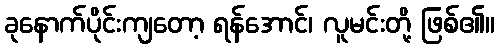
ခုနောက်ပိုင်းကျတော့ ရန်အောင်၊ လူမင်းတို့ ဖြစ်၏။